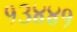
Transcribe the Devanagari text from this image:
१३४४१